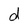
Character: d